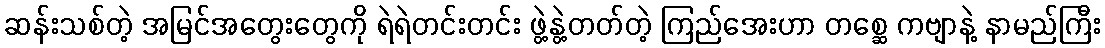
ဆန်းသစ်တဲ့ အမြင်အတွေးတွေကို ရဲရဲတင်းတင်း ဖွဲ့နွဲ့တတ်တဲ့ ကြည်အေးဟာ တစ္ဆေ ကဗျာနဲ့ နာမည်ကြီး